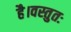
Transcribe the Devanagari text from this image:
है।वस्तुतः